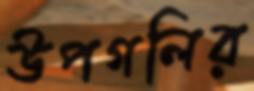
উপগলির